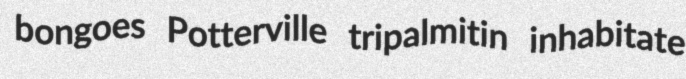
bongoes Potterville tripalmitin inhabitate